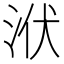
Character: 洑